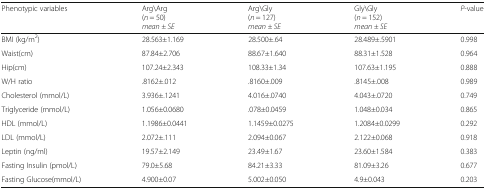
| Phenotypic variables | Arg\Arg(n = 50) mean ± SE | Arg\Gly(n = 127) mean ± SE | Gly\Gly(n = 152) mean ± SE | P-value |
 | --- | --- | --- | --- | --- |
 | BMI (kg/m2) | 28.563±1.169 | 28.500±.64 | 28.489±.5901 | 0.998 |
 | Waist(cm) | 87.84±2.706 | 88.67±1.640 | 88.31±1.528 | 0.964 |
 | Hip(cm) | 107.24±2.343 | 108.33±1.34 | 107.63±1.195 | 0.888 |
 | W/H ratio | .8162±.012 | .8160±.009 | .8145±.008 | 0.989 |
 | Cholesterol (mmol/L) | 3.936±.1241 | 4.016±.0740 | 4.043±.0720 | 0.749 |
 | Triglyceride (mmol/L) | 1.056±0.0680 | .078±0.0459 | 1.048±0.034 | 0.865 |
 | HDL (mmol/L) | 1.1986±0.0441 | 1.1459±0.0275 | 1.2084±0.0299 | 0.292 |
 | LDL (mmol/L) | 2.072±.111 | 2.094±0.067 | 2.122±0.068 | 0.918 |
 | Leptin (ng/ml) | 19.57±2.149 | 23.49±1.67 | 23.60±1.584 | 0.383 |
 | Fasting Insulin (pmol/L) | 79.0±5.68 | 84.21±3.33 | 81.09±3.26 | 0.677 |
 | Fasting Glucose(mmol/L) | 4.900±0.07 | 5.002±0.050 | 4.9±0.043 | 0.203 |